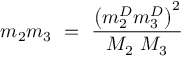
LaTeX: m _ { 2 } m _ { 3 } \ = \ \frac { \left( m _ { 2 } ^ { D } m _ { 3 } ^ { D } \right) ^ { 2 } } { M _ { 2 } \ M _ { 3 } } \ \,